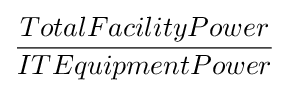
{\frac {TotalFacilityPower}{ITEquipmentPower}}